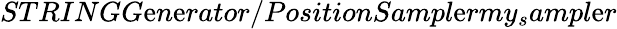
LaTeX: STRINGG\mathrm{e}n\mathrm{e}rator/PositionSampl\mathrm{e}rmy_{s}ampl\mathrm{e}r